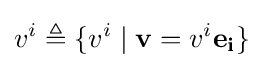
v^{i}\triangleq \{v^{i}\mid \mathbf {v} =v^{i}\mathbf {e_{i}} \}